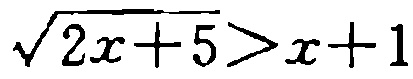
\(\sqrt{2x + 5}>x + 1\)